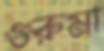
গুরুমা